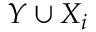
Y \cup X _ { i }